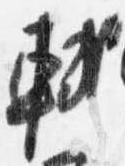
軾